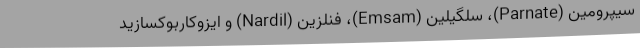
سیپرومین (Parnate)، سلگیلین (Emsam)، فنلزین (Nardil) و ایزوکاربوکسازید